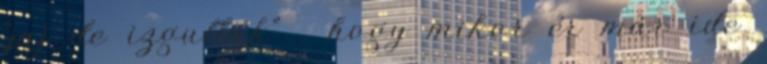
"jaj de izgultak" , hogy mikor ér már ide